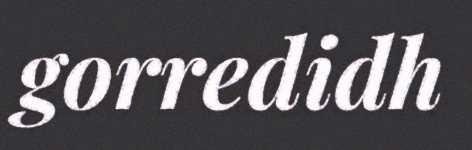
gorredidh